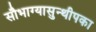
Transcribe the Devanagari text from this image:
सौभाग्यासुन्थीपका